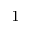
^ { - 1 }